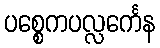
ပစ္စေကပလ္လင်္ကေန